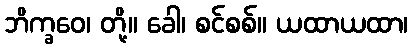
ဘိက္ခဝေ၊ တို့။ ခေါ၊ စင်စစ်။ ယထာယထာ၊